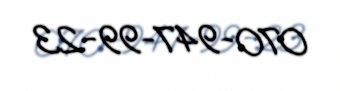
070-947-99-23